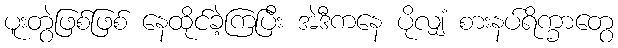
ပူးတွဲဖြစ်ဖြစ် နေထိုင်ခဲ့ကြပြီး အဲဒီကနေ ပိုလျှံ စားနပ်ရိက္ခာတွေ